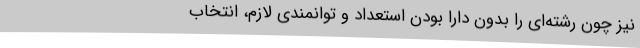
نیز چون رشته‌ای را بدون دارا بودن استعداد و توانمندی لازم، انتخاب